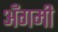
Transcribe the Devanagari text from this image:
अँगमी